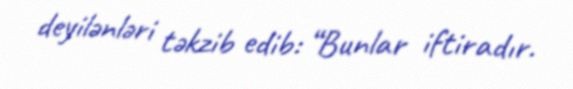
deyilənləri təkzib edib: “Bunlar iftiradır.